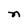
Character: n